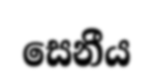
සෙනීය